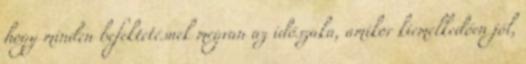
hogy minden befektetésnek megvan az időszaka, amikor kiemelkedően jól,